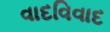
વાદવિવાદ